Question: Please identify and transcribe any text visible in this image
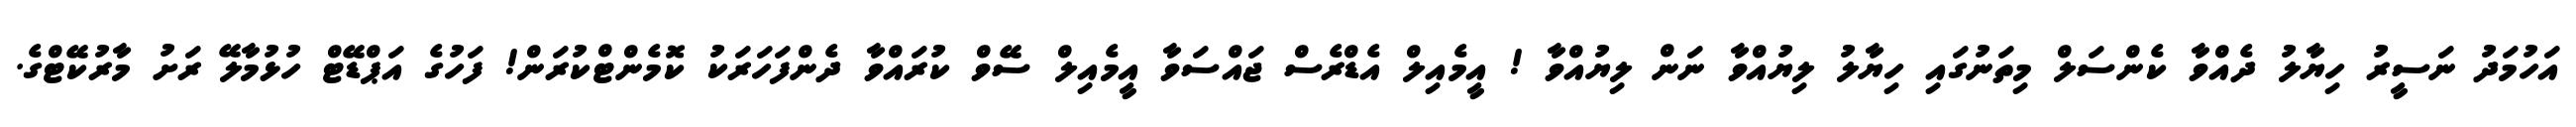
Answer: އަހުމަދު ނަސީރު ހިޔާލު ދެއްވާ ކެންސަލް މިތަނުގައި ހިޔާލު ލިޔުއްވާ ނަން ލިޔުއްވާ ! އީމެއިލް އެޑްރެސް ޖައްސަވާ އީމެއިލް ސޭވް ކުރައްވާ ދެންފަހަރަކު ކޮމެންޓްކުރަން! ފަހުގެ އަޕްޑޭޓް ހުޅުމާލޭ ރަށު މާރުކޭޓްގެ.